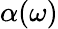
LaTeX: \alpha(\omega)